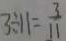
3 \div 1 1 = \frac { 3 } { 1 1 }